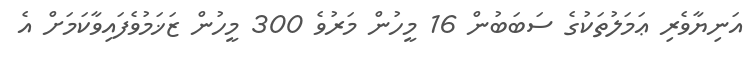
އަނިޔާވެރި ޢަމަލުތަކުގެ ސަބަބުން 16 މީހުން މަރުވެ 300 މީހުން ޒަޚަމުވެފައިވާކަމަށް އެ